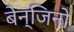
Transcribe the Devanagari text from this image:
बेन्जिनो